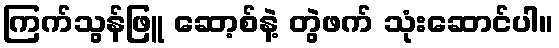
ကြက်သွန်ဖြူ ဆော့စ်နဲ့ တွဲဖက် သုံးဆောင်ပါ။